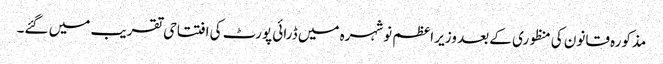
مذکورہ قانون کی منظوری کے بعد وزیر اعظم نوشہرہ میں ڈرائی پورٹ کی افتتاحی تقریب میں گئے۔